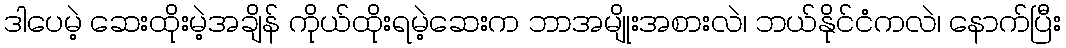
ဒါပေမဲ့ ဆေးထိုးမဲ့အချိန် ကိုယ်ထိုးရမဲ့ဆေးက ဘာအမျိုးအစားလဲ၊ ဘယ်နိုင်ငံကလဲ၊ နောက်ပြီး